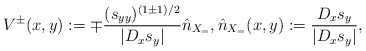
\begin{align*}V^\pm(x,y) := \mp \frac{(s_{yy})^{(1\pm 1)/2}}{|D_x s_y|} \hat n_{X_=}, \hat n_{X_=} (x,y):= \frac{D_x s_y}{|D_x s_y|},\end{align*}